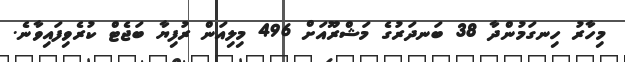
މިހާރު ހިނގަމުންދާ 38 ބަނދަރުގެ މަޝްރޫއަށް 496 މިލިއަން ރުފިޔާ ބަޖެޓް ކުރެވިފައިވާނެ.